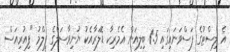
އެ ލިސްޓުގެ ފަސްވަނައިގައި 1.5 ބިލިއަން އެމެރިކާ ޑޮލަރާއެކު ޔުނިވާސަލްގެ ފިލްމު "ފިއުރިއަސް